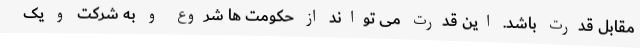
مقابل قدرت باشد. این قدرت می تواند از حکومت ها شروع و به شرکت و یک